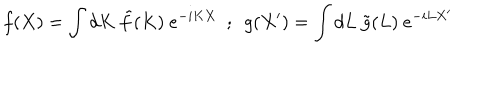
f ( X ) = \int d K ~ \tilde { f } ( K ) ~ e ^ { - i K X } ~ ~ ; ~ ~ g ( X ^ { \prime } ) = \int d L ~ \tilde { g } ( L ) ~ e ^ { - i L X ^ { \prime } }